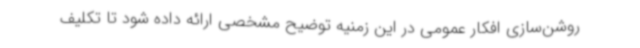
روشن‌سازی افکار عمومی در این زمنیه توضیح مشخصی ارائه داده شود تا تکلیف